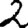
Digit: 2